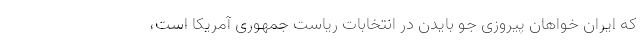
که ایران خواهان پیروزی جو بایدن در انتخابات ریاست جمهوری آمریکا است،